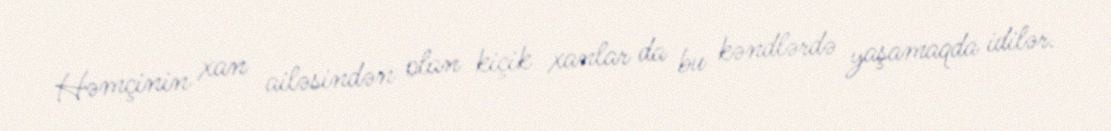
Həmçinin xan ailəsindən olan kiçik xanlar da bu kəndlərdə yaşamaqda idilər.